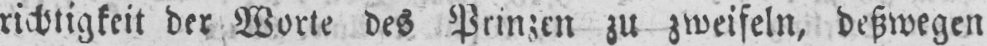
richtigkeit der Worte des Prinzen zu zweifeln, deßwegen